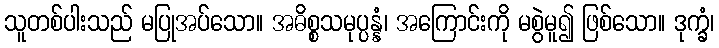
သူတစ်ပါးသည် မပြုအပ်သော။ အဓိစ္စသမုပ္ပန္နံ၊ အကြောင်းကို မစွဲမူ၍ ဖြစ်သော။ ဒုက္ခံ၊